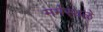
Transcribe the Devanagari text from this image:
मर्मस्थळे